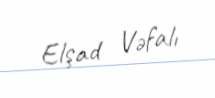
Elşad Vəfalı